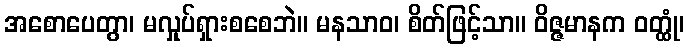
အစောပေတွာ၊ မလှုပ်ရှားစစေဘဲ။ မနသာဝ၊ စိတ်ဖြင့်သာ။ ဝိဇ္ဇမာနက ဝတ္ထုံ၊